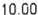
10.00